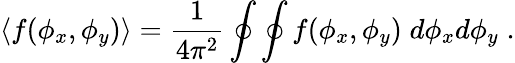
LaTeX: \langle f(\phi_{x},\phi_{y})\rangle=\frac{1}{4\pi^{2}}\oint\oint f(\phi_{x},\phi_{y})\; d\phi_{x}d\phi_{y}\; .